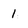
Character: 1